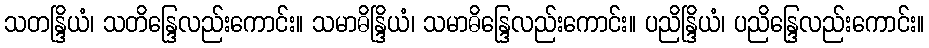
သတန္ဒြိယံ၊ သတိန္ဒြေလည်းကောင်း။ သမာဓိန္ဒြိယံ၊ သမာဓိန္ဒြေလည်းကောင်း။ ပညိန္ဒြိယံ၊ ပညိန္ဒြေလည်းကောင်း။